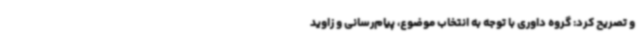
و تصریح کرد: گروه داوری با توجه به انتخاب موضوع، پیام‌رسانی و زاوید